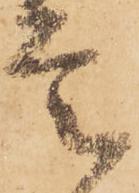
是